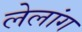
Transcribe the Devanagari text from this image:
लेलांग